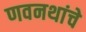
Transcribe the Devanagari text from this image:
णवनथांचे